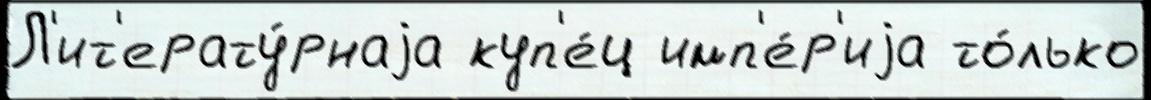
Л'ит'ерату́рнаjа куп'е́ц имп'е́р'иjа то́лько